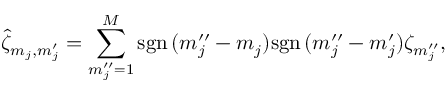
\hat { \zeta } _ { m _ { j } , m _ { j } ^ { \prime } } = \sum _ { m _ { j } ^ { \prime \prime } = 1 } ^ { M } \mathrm { s g n } \, ( m _ { j } ^ { \prime \prime } - m _ { j } ) \mathrm { s g n } \, ( m _ { j } ^ { \prime \prime } - m _ { j } ^ { \prime } ) \zeta _ { m _ { j } ^ { \prime \prime } } ,